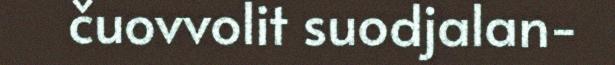
čuovvolit suodjalan-